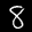
Label: 8